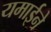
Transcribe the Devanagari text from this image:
यमाईने